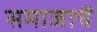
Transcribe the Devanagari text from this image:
समाजाचें